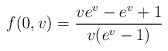
\begin{align*}f(0,v) = {ve^v-e^v+1\over v(e^v-1)} \end{align*}